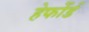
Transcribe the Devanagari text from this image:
हेर्फोर्ड